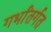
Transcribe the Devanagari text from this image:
गर्भांतर्गत